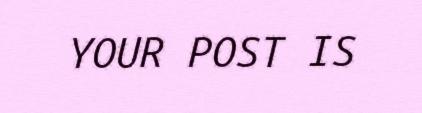
YOUR POST IS